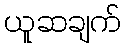
ယူဆချက်